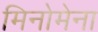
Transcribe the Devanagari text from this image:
मिनोमेना